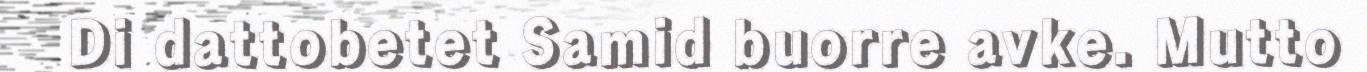
Di dattobetet Samid buorre avke. Mutto